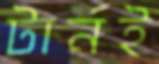
টার্নই